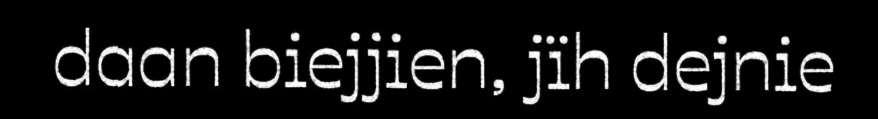
daan biejjien, jïh dejnie